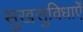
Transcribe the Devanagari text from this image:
सुखसुविधाएँ